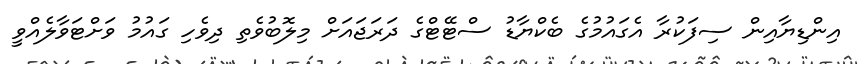
އިންޑިޔާއިން ސިފަކުރާ އެގައުމުގެ ބެކްޔާޑު ސްޓޭޓްގެ ދަރަޖައަށް މިލޮބުވެތި ދިވެހި ގައުމު ވަށްޓަވާލެއްވީ